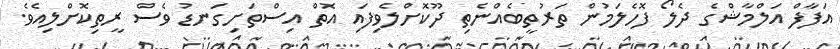
އަފާފް އަލްމާޝްގެ ދެލޯ ފޮހެލަމުން ތަރުތީބެއްނެތި ދޫކޮށްލެވިފައި އޮތް އިސްތަށިގަނޑު ވެސް ރީތިކޮށްލިއެވެ.